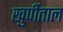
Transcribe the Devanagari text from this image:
खुर्पीताल